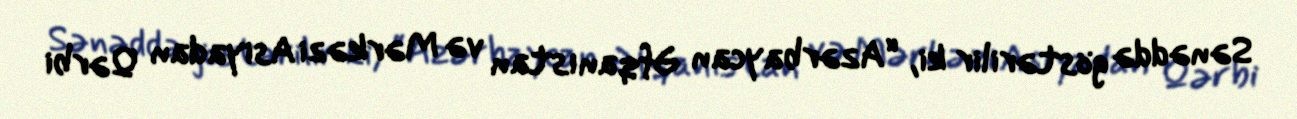
Sənəddə göstərilir ki, “Azərbaycan Əfqanıstan və Mərkəzi Asiyadan Qərbi